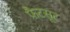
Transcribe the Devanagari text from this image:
फैटसूट